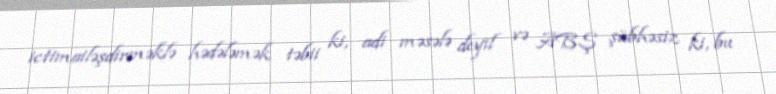
ictimailəşdirməklə hədələmək təbii ki, adi məsələ deyil və ABŞ şübhəsiz ki, bu